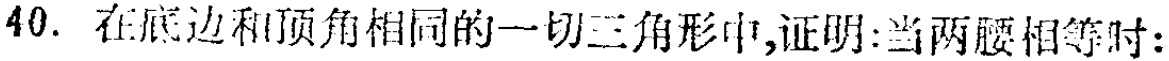
40. 在底边和顶角相同的一切三角形中,证明:当两腰相等时: